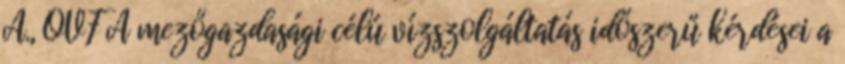
A., OVF A mezőgazdasági célú vízszolgáltatás időszerű kérdései a